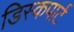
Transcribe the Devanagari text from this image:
डिस्कपार्ट